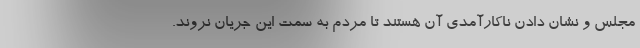
مجلس و نشان دادن ناکارآمدی آن هستند تا مردم به سمت این جریان نروند.